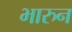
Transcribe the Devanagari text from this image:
भारुन